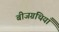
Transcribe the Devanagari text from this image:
बीजग्रंथियाँ